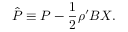
\hat { P } \equiv P - \frac { 1 } { 2 } \rho ^ { \prime } B X .